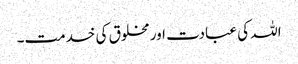
اللہ کی عبادت اور مخلوق کی خدمت۔